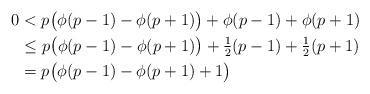
LaTeX: \begin{align*}0 &< p \big(\phi(p-1) - \phi(p+1)\big) + \phi(p-1) + \phi(p+1) \\&\leq p \big(\phi(p-1) - \phi(p+1)\big) + \tfrac{1}{2}(p-1) + \tfrac{1}{2}(p+1) \\&= p \big(\phi(p-1) - \phi(p+1) + 1\big)\end{align*}